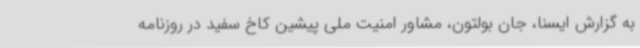
به گزارش ایسنا، جان بولتون، مشاور امنیت ملی پیشین کاخ سفید در روزنامه